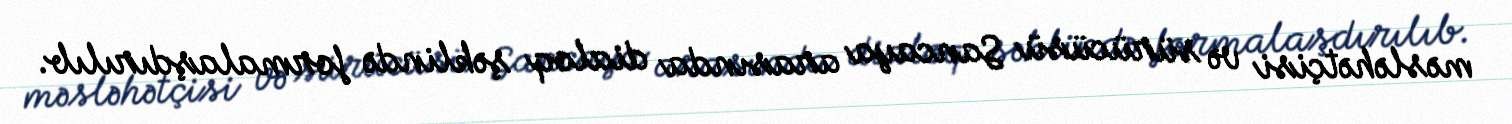
məsləhətçisi və sürücüsü Sancaya arasında dialoq şəklində formalaşdırılıb.